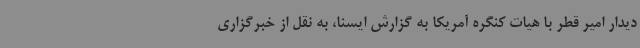
دیدار امیر قطر با هیات کنگره آمریکا به گزارش ایسنا، به نقل از خبرگزاری